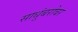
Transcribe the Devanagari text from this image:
साधूंबरोबर